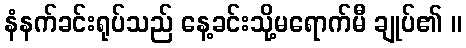
နံနက်ခင်းရုပ်သည် နေ့ခင်းသို့မရောက်မီ ချုပ်၏ ။